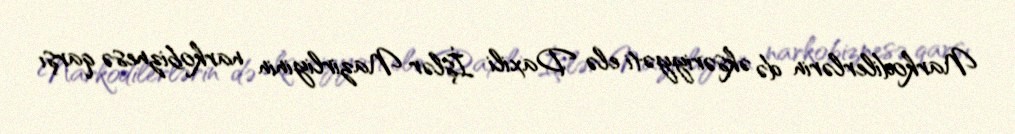
Narkodilerlərin də əksəriyyəti elə Daxili İşlər Nazirliyinin narkobiznesə qarşı